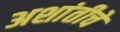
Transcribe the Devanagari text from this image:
अशांतीचे